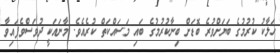
ހަލާކު ކުރުމުގެ ބަޔަށްވުރެ ބޮޑަށް ބިނާކުރުމުގެ ބައި މަސައްކަތް ކުރެއެވެ. މާނައަކީ ދުވަސްވެފައިވާ